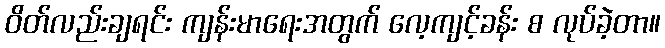
ဝိတ်လည်းချရင်း ကျန်းမာရေးအတွက် လေ့ကျင့်ခန်း စ လုပ်ခဲ့တာ။